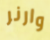
وارنر